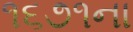
૧૬૭૧ના